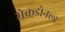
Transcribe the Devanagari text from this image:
मेकडोनल्ड